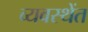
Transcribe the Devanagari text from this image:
व्यवस्थेंत